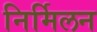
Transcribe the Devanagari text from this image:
निर्मिलन